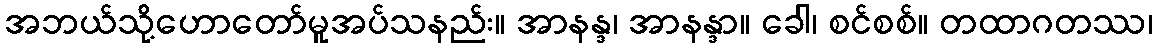
အဘယ်သို့ဟောတော်မူအပ်သနည်း။ အာနန္ဒ၊ အာနန္ဒာ။ ခေါ၊ စင်စစ်။ တထာဂတဿ၊